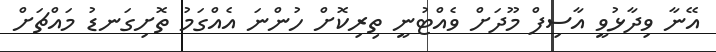
އޭނާ ވިދާޅުވީ އާސިފް މޫދަށް ވެއްޓުނީ ތިރިކޮށް ހުންނަ އެއްގަމު ތޮށިގަނޑު މައްޗަށް